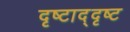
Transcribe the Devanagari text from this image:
दृष्टाद्दृष्ट